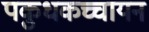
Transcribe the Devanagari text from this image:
पकुधकच्चायन